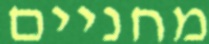
מחניים